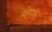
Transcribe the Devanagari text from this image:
योगक